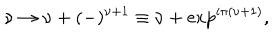
LaTeX: \nu \rightarrow \nu + ( - ) ^ { \nu + 1 } \equiv \nu + \exp ^ { i \pi { ( \nu + 1 } ) } ,